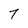
Character: 7